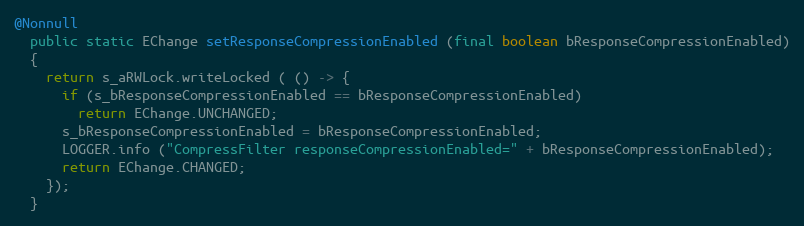
Language: Java
@Nonnull
  public static EChange setResponseCompressionEnabled (final boolean bResponseCompressionEnabled)
  {
    return s_aRWLock.writeLocked ( () -> {
      if (s_bResponseCompressionEnabled == bResponseCompressionEnabled)
        return EChange.UNCHANGED;
      s_bResponseCompressionEnabled = bResponseCompressionEnabled;
      LOGGER.info ("CompressFilter responseCompressionEnabled=" + bResponseCompressionEnabled);
      return EChange.CHANGED;
    });
  }